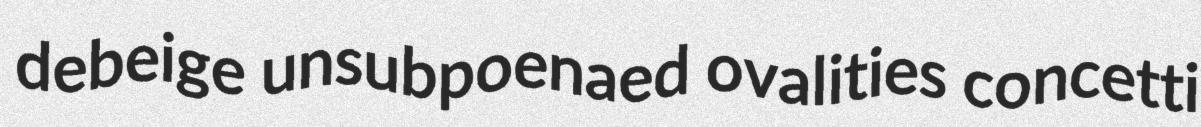
debeige unsubpoenaed ovalities concetti